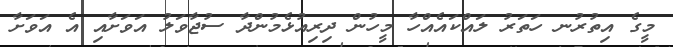
މީގެ އިތުރުނ ހަތަރު ލައްކައެއްހާ މީހުން ދިރިއުޅެމުންދާ ސުޖާވަލު އަވަށާއި އެ އަވަށާ